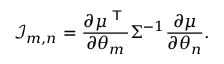
{ \mathcal { I } } _ { m , n } = { \frac { \partial \mu ^ { \textsf { T } } } { \partial \theta _ { m } } } \Sigma ^ { - 1 } { \frac { \partial \mu } { \partial \theta _ { n } } } .